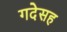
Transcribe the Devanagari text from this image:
गदेसह